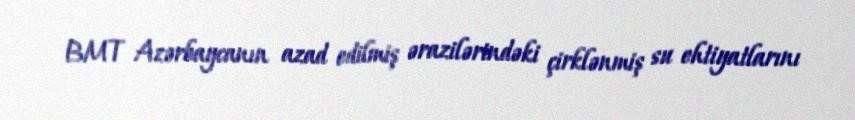
BMT Azərbaycanın azad edilmiş ərazilərindəki çirklənmiş su ehtiyatlarını